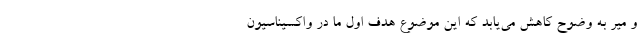
و میر به وضوح کاهش می‌یابد که این موضوع هدف اول ما در واکسیناسیون